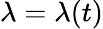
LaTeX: \lambda=\lambda(t)